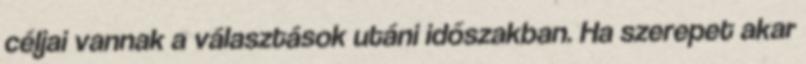
céljai vannak a választások utáni időszakban. Ha szerepet akar